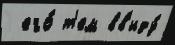
 его́ т'ем вв'иду́